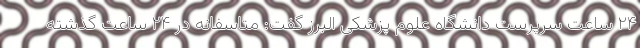
۲۴ ساعت سرپرست دانشگاه علوم پزشکی البرز گفت: متاسفانه در ۲۴ ساعت گذشته